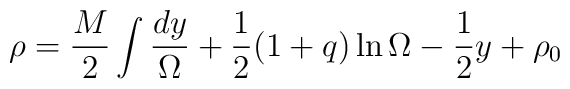
\rho = \frac{M}{2} \int \frac{dy}{\Omega} + \frac{1}{2} (1+ q)\ln \Omega - \frac{1}{2} y +  \rho_0